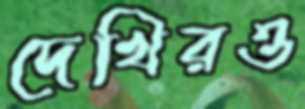
দেখিরও